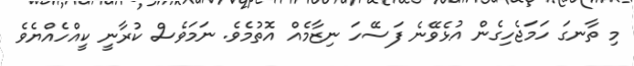
މި ތާނގަ ހަމަޖެހިގެން އުޅެވޭނެ ފަސޭހަ ނިޒާމެއް އޮތުމެވެ. ނަމަވެސް ކުރާނީ ކީއްހެއްޔެވެ